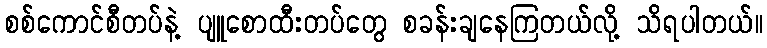
စစ်ကောင်စီတပ်နဲ့ ပျူစောထီးတပ်တွေ စခန်းချနေကြတယ်လို့ သိရပါတယ်။